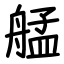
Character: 艋